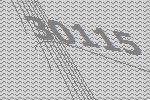
30115